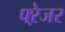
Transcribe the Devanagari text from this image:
फ्ऱेजर